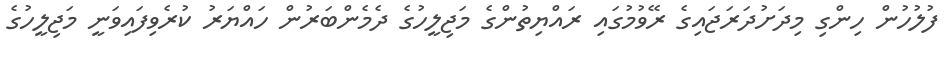
ފުލުހުން ހިންގި މިދަށުދަރަޖައިގެ ރޭވުމުގައި ރައްޔިތުންގެ މަޖިލީހުގެ ދެމެންބަރުން ހައްޔަރު ކުރެވިފައިވަނީ މަޖިލީހުގެ